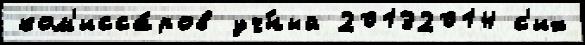
ком'исса́ров уч́ный 20132014 с'их